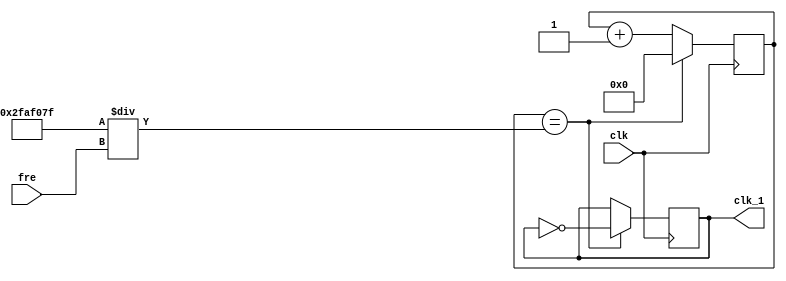
module freq_div(clk, clk_1, fre);  //clk??????   clk_1: ????
    input clk;
    input [25:0]fre;
    
    output clk_1;
    reg[26:0] counter=0;  //?,???????25000000?25???
    reg clk_1=0;
    always@(posedge clk)begin
    
            if(counter == 49999999 / fre) //??49999999
                begin
                    counter <= 0;     //??ounter???0
                    clk_1 <= ~clk_1;      //??lk_1??
                end
            else
                counter <= counter + 1'b1; //counter ??

	end
endmodule